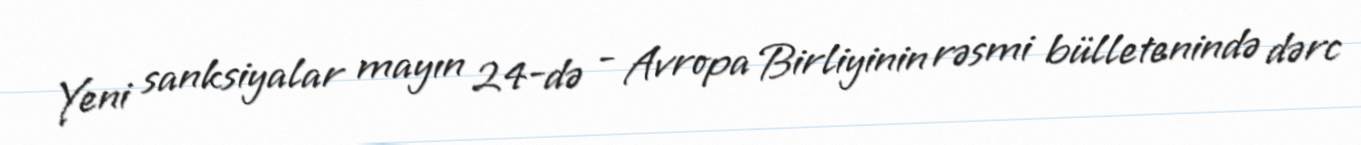
Yeni sanksiyalar mayın 24-də - Avropa Birliyinin rəsmi bülletenində dərc